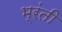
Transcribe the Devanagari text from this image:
भ्रंती